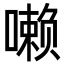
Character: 𪢐